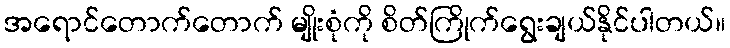
အရောင်တောက်တောက် မျိုးစုံကို စိတ်ကြိုက်ရွေးချယ်နိုင်ပါတယ်။